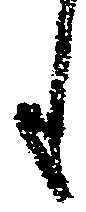
も